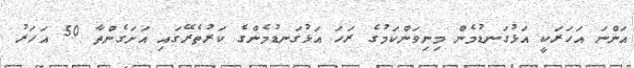
އަންނަ އަހަރަކީ އަޅުގަނޑުމެން މިނިވަންކަމުގެ ރަހަ އަޅުގަނޑުމެންގެ ކަރުތެރޭގައި އަށަގެންތާ 50 އަހަރު